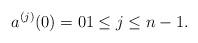
LaTeX: \begin{align*}a^{(j)}(0)=0 1\leq j\leq n-1.\end{align*}